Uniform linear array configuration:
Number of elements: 4
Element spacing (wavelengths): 0.25
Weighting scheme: cosine
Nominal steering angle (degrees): -30
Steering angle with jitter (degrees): -30.903
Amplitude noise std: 0.05
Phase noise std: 0.05

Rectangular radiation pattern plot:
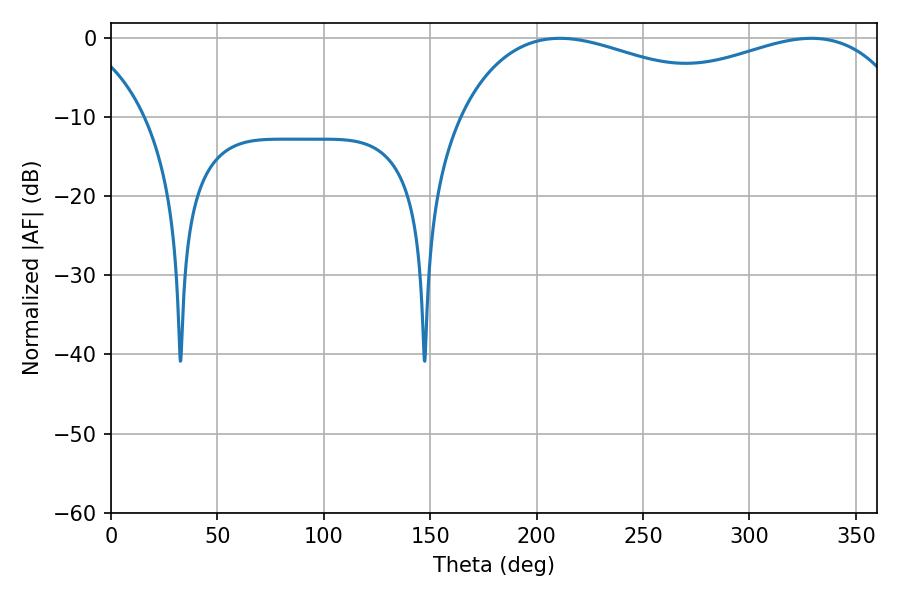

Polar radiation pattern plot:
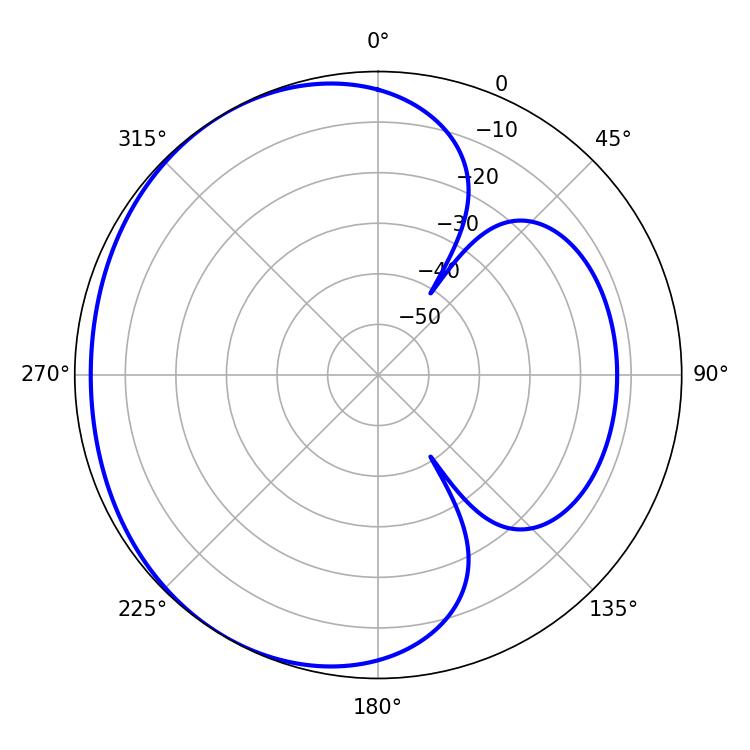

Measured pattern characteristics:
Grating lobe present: FALSE
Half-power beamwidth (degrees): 79.02
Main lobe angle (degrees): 210.96